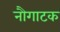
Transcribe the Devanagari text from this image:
नौगाटक